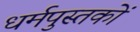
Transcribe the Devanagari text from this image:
धर्मपुस्तकों